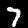
Label: 7